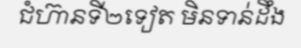
ជំហ៊ានទី២ទៀត មិនទាន់ដឹង